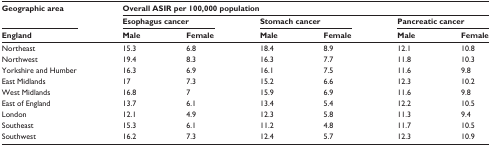
<table><thead><tr><td rowspan="2"><b>Geographic area</b></td><td colspan="6"><b>Overall ASIR per 100,000 population</b></td></tr><tr><td colspan="2"><b>Esophagus cancer</b></td><td colspan="2"><b>Stomach cancer</b></td><td colspan="2"><b>Pancreatic cancer</b></td></tr><tr><td><b>England</b></td><td><b>Male</b></td><td><b>Female</b></td><td><b>Male</b></td><td><b>Female</b></td><td><b>Male</b></td><td><b>Female</b></td></tr></thead><tbody><tr><td>Northeast</td><td>15.3</td><td>6.8</td><td>18.4</td><td>8.9</td><td>12.1</td><td>10.8</td></tr><tr><td>Northwest</td><td>19.4</td><td>8.3</td><td>16.3</td><td>7.7</td><td>11.8</td><td>10.3</td></tr><tr><td>Yorkshire and Humber</td><td>16.3</td><td>6.9</td><td>16.1</td><td>7.5</td><td>11.6</td><td>9.8</td></tr><tr><td>East Midlands</td><td>17</td><td>7.3</td><td>15.2</td><td>6.6</td><td>12.3</td><td>10.2</td></tr><tr><td>West Midlands</td><td>16.8</td><td>7</td><td>15.9</td><td>6.9</td><td>11.6</td><td>9.8</td></tr><tr><td>East of England</td><td>13.7</td><td>6.1</td><td>13.4</td><td>5.4</td><td>12.2</td><td>10.5</td></tr><tr><td>London</td><td>12.1</td><td>4.9</td><td>12.3</td><td>5.8</td><td>11.3</td><td>9.4</td></tr><tr><td>Southeast</td><td>15.3</td><td>6.1</td><td>11.2</td><td>4.8</td><td>11.7</td><td>10.5</td></tr><tr><td>Southwest</td><td>16.2</td><td>7.3</td><td>12.4</td><td>5.7</td><td>12.3</td><td>10.9</td></tr></tbody></table>